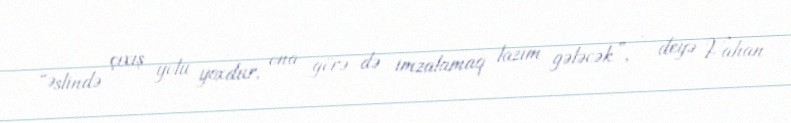
“Əslində çıxış yolu yoxdur, ona görə də imzalamaq lazım gələcək”, - deyə Vahan